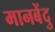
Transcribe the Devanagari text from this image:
मानबेंदु